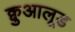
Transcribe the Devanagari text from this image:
क्वुआलूड